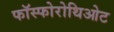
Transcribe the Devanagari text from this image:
फॉस्फोरोथिओट